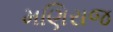
મણિરાજ